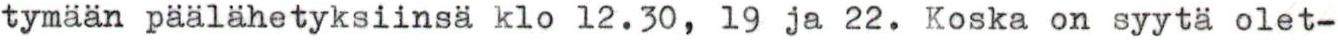
tymään päälähetyksiinsä klo 12.30, 19 ja 22. Koska on syytä olet-